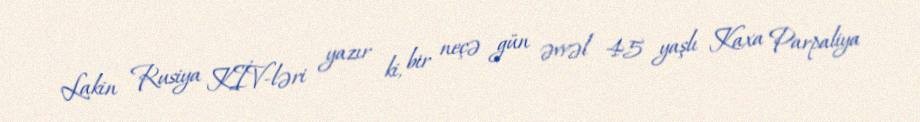
Lakin Rusiya KİV-ləri yazır ki, bir neçə gün əvvəl 45 yaşlı Kaxa Parpaliya